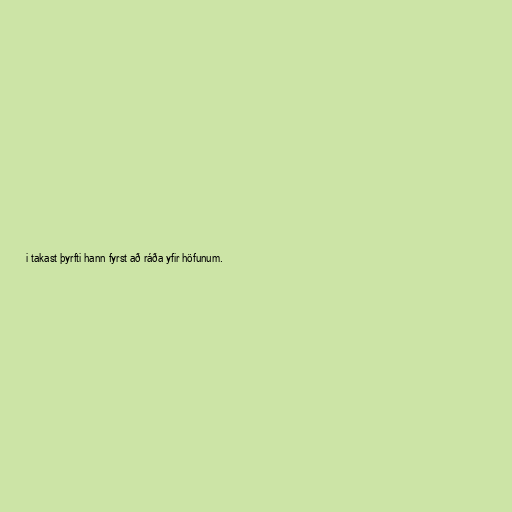
i takast þyrfti hann fyrst að ráða yfir höfunum.